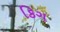
કિગ